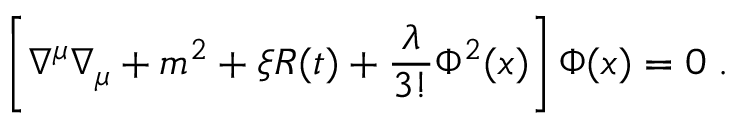
\left[ \nabla ^ { \mu } \nabla _ { \mu } + m ^ { 2 } + \xi { \cal R } ( t ) + \frac { \lambda } { 3 ! } \Phi ^ { 2 } ( x ) \right] \Phi ( x ) = 0 \; .